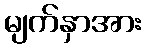
မျက်နှာအား